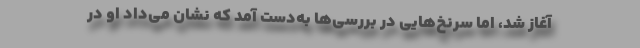
آغاز شد، اما سرنخ‌هایی در بررسی‌ها به‌دست آمد که نشان می‌داد او در